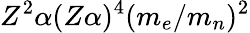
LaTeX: Z^{2}\alpha(Z\alpha)^{4}(m_{e}/m_{n})^{2}